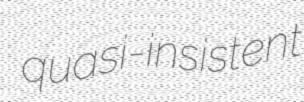
quasi-insistent